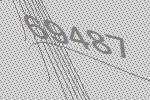
69487